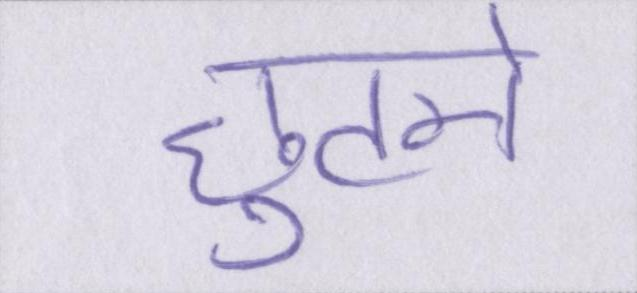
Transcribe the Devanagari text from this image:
छुटने